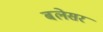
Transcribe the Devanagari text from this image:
बलेसर